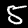
Digit: 5